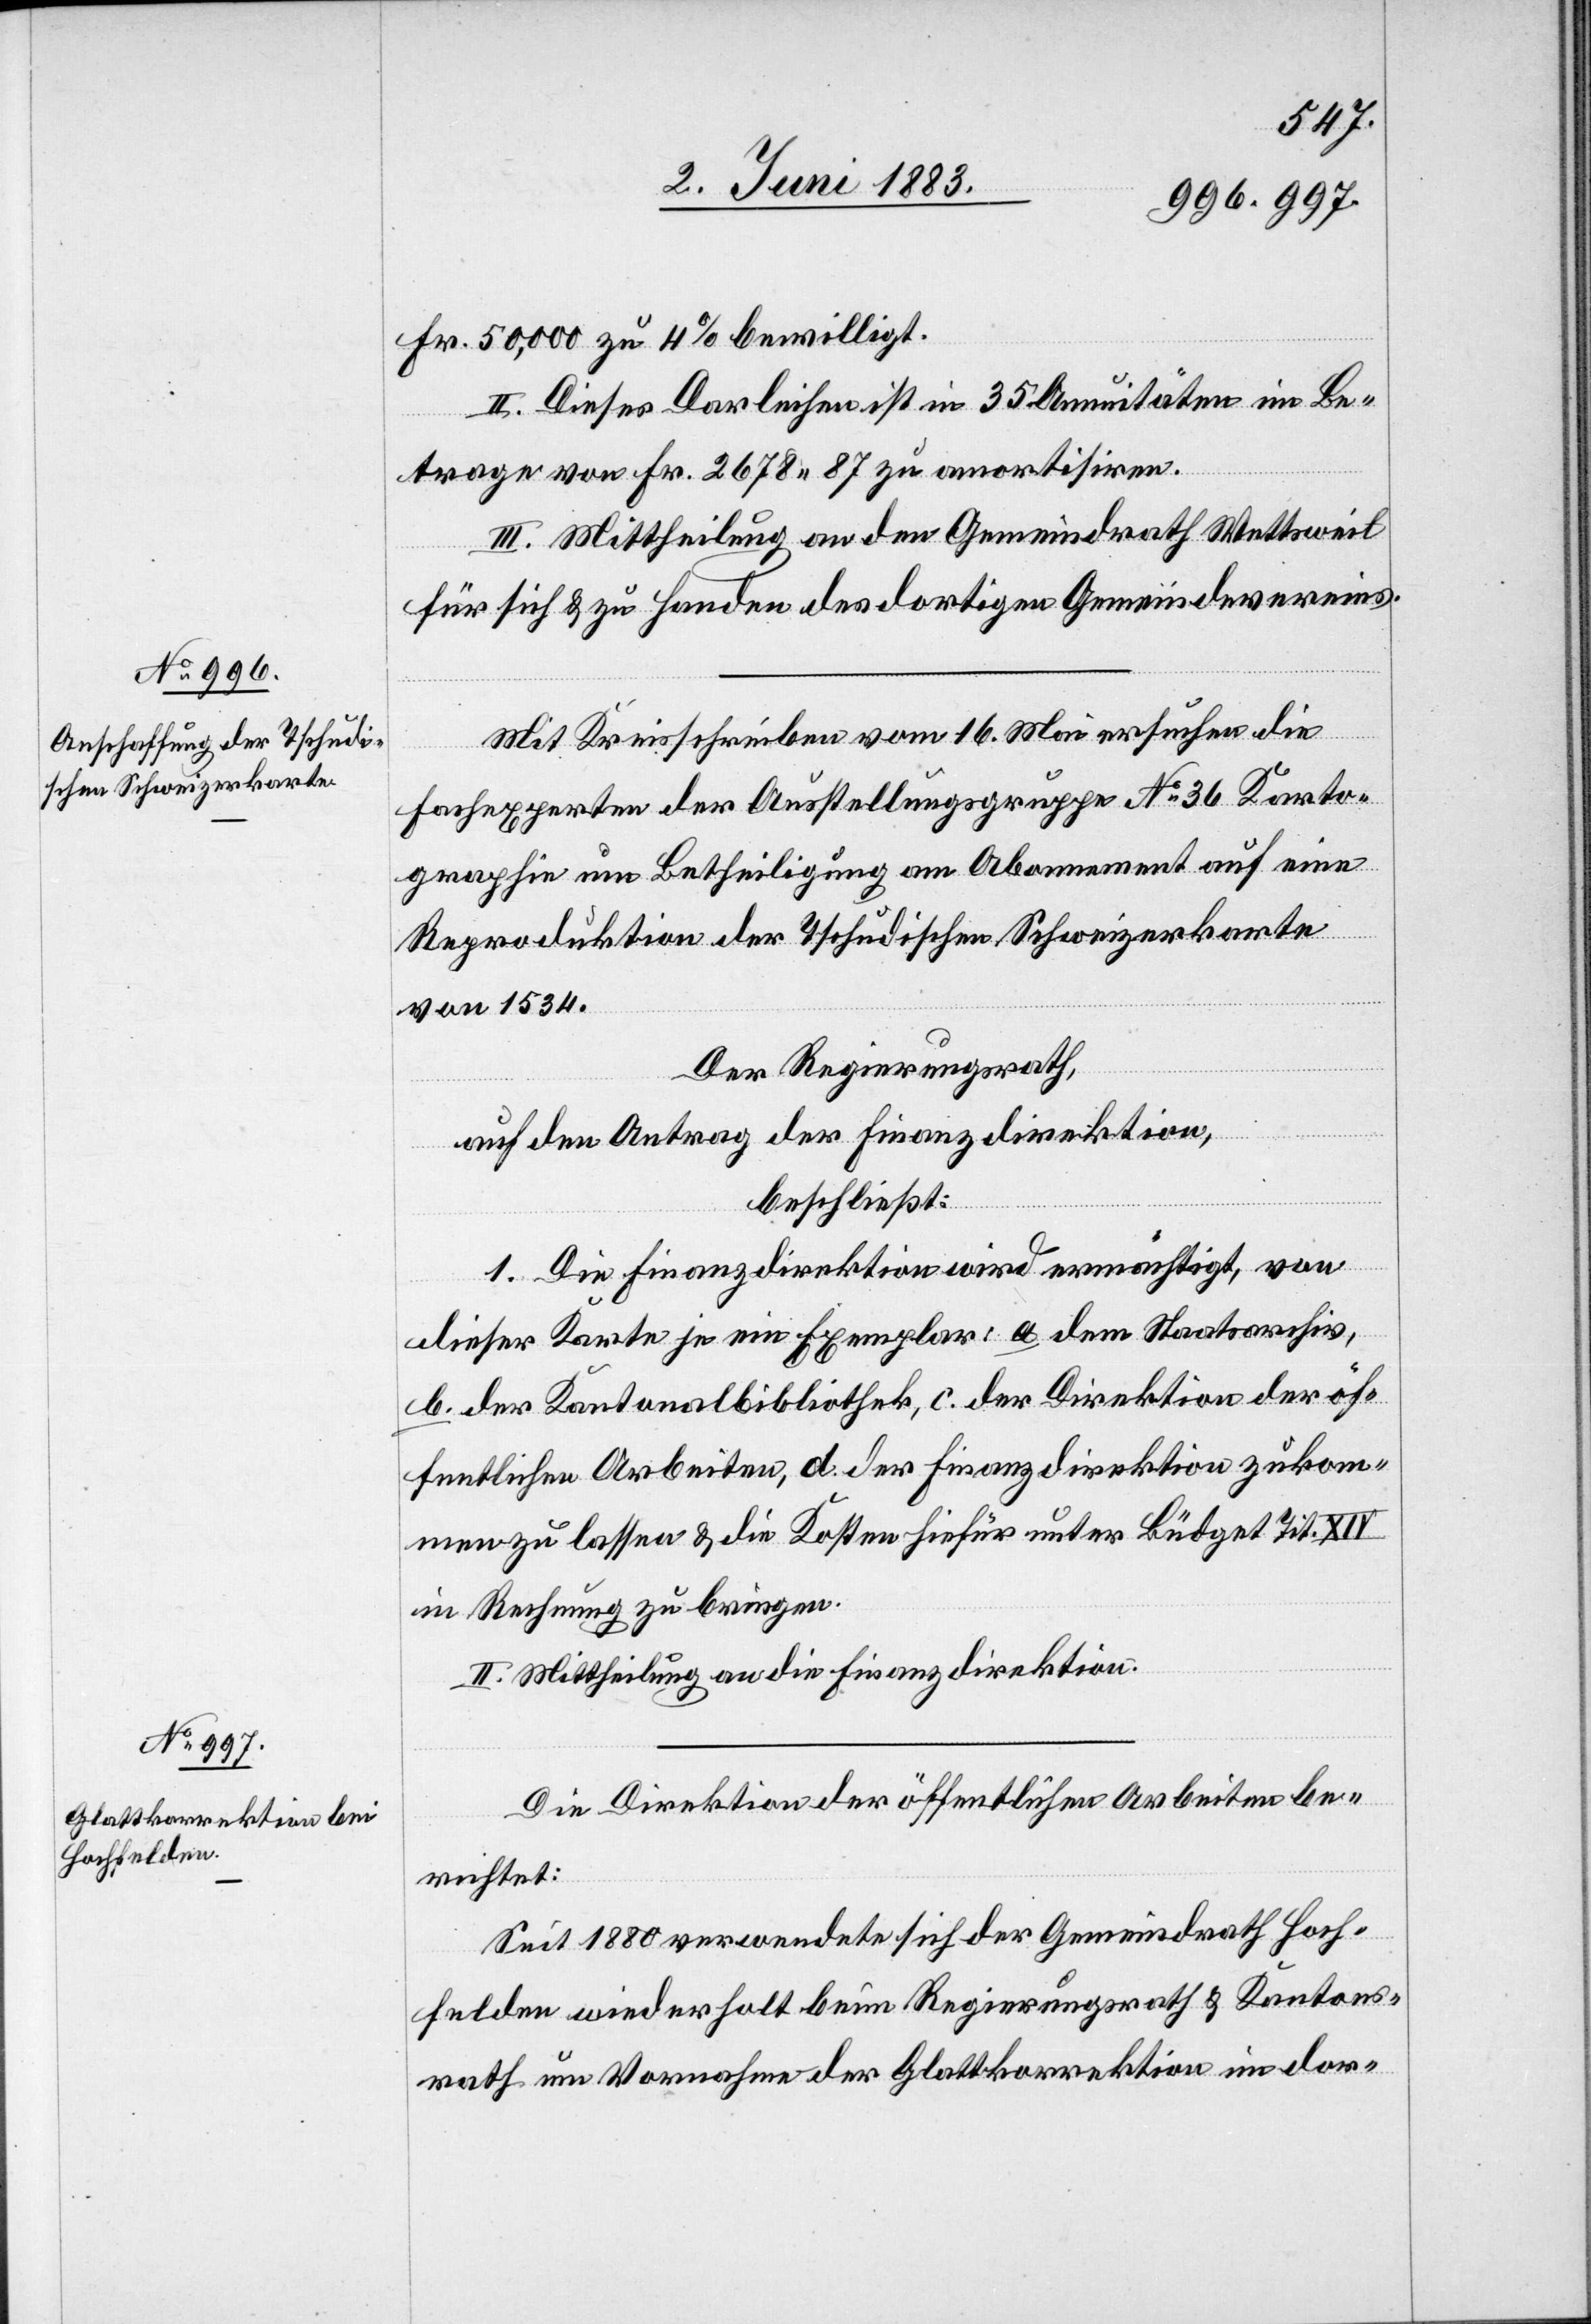
Fr. 50,000 zu 4% bewilligt.
II. Dieses Darleihen ist in 35 Annuitäten im Be¬
trage von Fr. 2678 87 zu amortisiren.
III. Mittheilung an den Gemeindrath Wettsweil
für sich & zu Handen des dortigen Gemeindevereins.
Mit Kreisschreiben vom 16. Mai ersuchen die
Fachexperten der Ausstellungsgruppe No 36 Karto¬
graphie um Betheiligung am Abonnement auf eine
Reproduktion der Tschudischen Schweizerkarte
von 1534.
Der Regierungsrath,
auf den Antrag der Finanzdirektion,
beschließt:
1. Die Finanzdirektion wird ermächtigt, von
dieser Karte je ein Exemplar: a dem Staatsarchiv,
b. der Kantonalbibliothek, c. der Direktion der öf¬
fentlichen Arbeiten, d. der Finanzdirektion zukom¬
men zu lassen & die Kosten hiefür unter Büdget Tit. XIV
in Rechnung zu bringen.
Mittheilung an die Finanzdirektion.
Die Direktion der öffentlichen Arbeiten be¬
richtet:
Seit 1880 verwendete sich der Gemeindrath Hoch¬
felden wiederholt beim Regierungsrath & Kantons¬
rath um Vornahme der Glattkorrektion in dor-